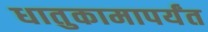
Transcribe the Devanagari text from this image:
धातुकामापर्यंत